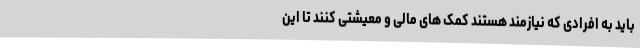
باید به افرادی که نیازمند هستند کمک های مالی و معیشتی کنند تا این